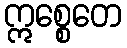
ဣစ္စေတေ